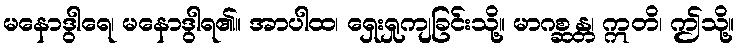
မနောဒွါရေ၊ မနောဒွါရ၏။ အာပါထ၊ ရှေးရှုကျခြင်းသို့။ မာဂစ္ဆန္တ၊ ဣတိ၊ ဤသို့။